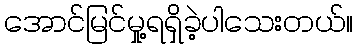
အောင်မြင်မှု့ရရှိခဲ့ပါသေးတယ်။